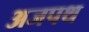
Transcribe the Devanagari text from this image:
अजपथ